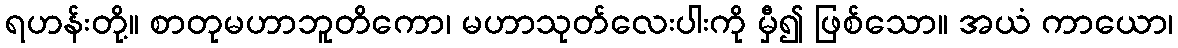
ရဟန်းတို့။ စာတုမဟာဘူတိကော၊ မဟာသုတ်လေးပါးကို မှီ၍ ဖြစ်သော။ အယံ ကာယော၊